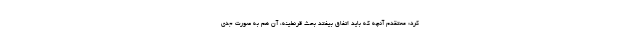
کرد: معتقدم آنچه که باید اتفاق بیفتد بحث قرنطینه، آن هم به صورت جدی